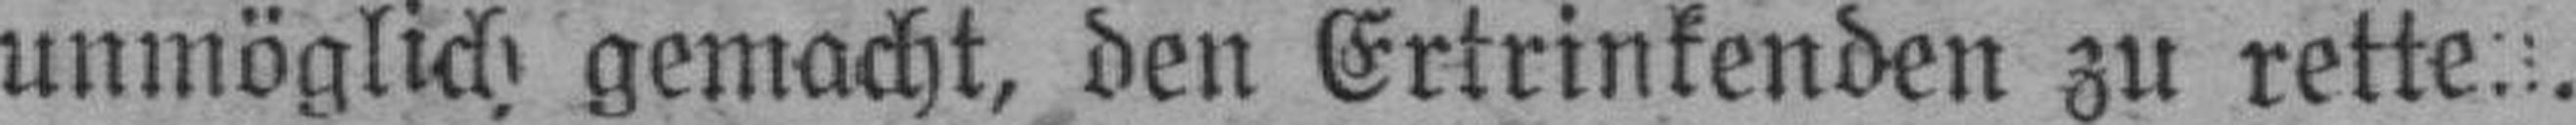
unmöglich gemacht, den Ertrinkenden zu retten.